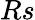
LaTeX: Rs